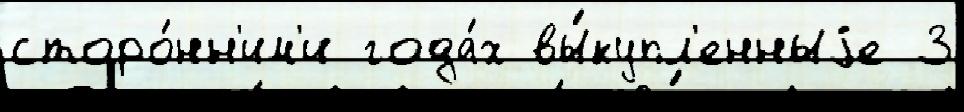
сторо́нн'им'и года́х вы́купл'енныjе 3